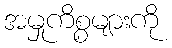
အမှုကိစ္စများကို